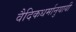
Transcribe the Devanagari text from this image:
वैदिकधर्मानुयायी